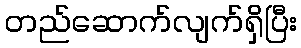
တည်ဆောက်လျက်ရှိပြီး